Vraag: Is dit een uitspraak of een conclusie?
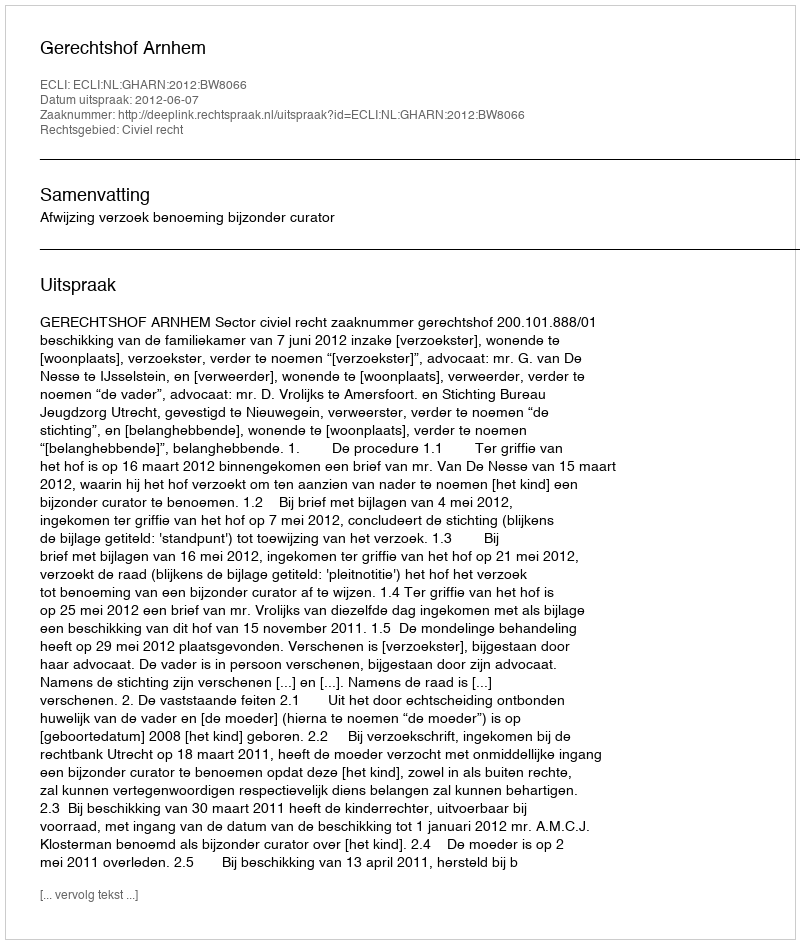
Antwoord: Uitspraak